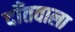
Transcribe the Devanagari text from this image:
दाँतवाला